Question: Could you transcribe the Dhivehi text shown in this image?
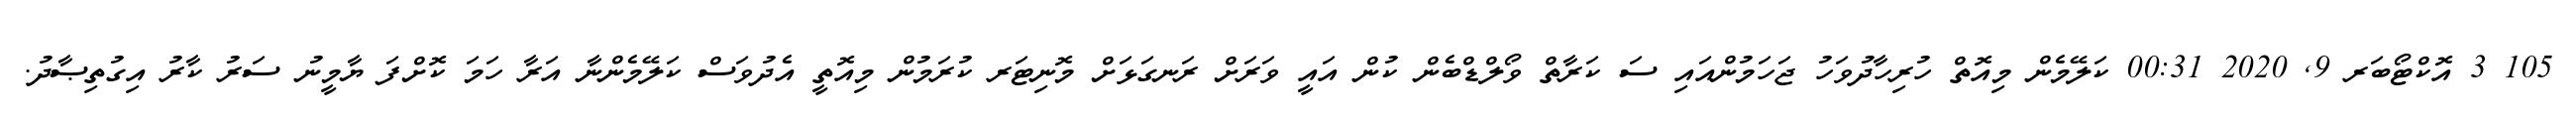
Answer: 105 3 އޮކްޓޯބަރ 9, 2020 00:31 ކަލޭމެން މިއޮތް ހުރިހާދުވަހު ޖަހަމުންއައި ސަ ކަރާތް ވޯލްޑްބެން ކުން އައީ ވަރަށް ރަނގަޅަށް މޮނިޓަރ ކުރަމުން މިއޮތީ އެދުވަސް ކަލޭމެންނާ އަރާ ހަމަ ކޮށްފަ ޔާމީނު ސަރު ކާރު އިގުތިޞާދު.